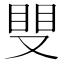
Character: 𥆣